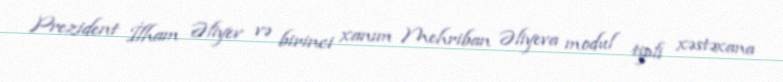
Prezident İlham Əliyev və birinci xanım Mehriban Əliyeva modul tipli xəstəxana